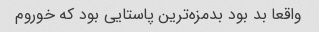
واقعا بد بود بدمزه‌ترین پاستایی بود که خوروم